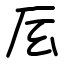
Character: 㕄